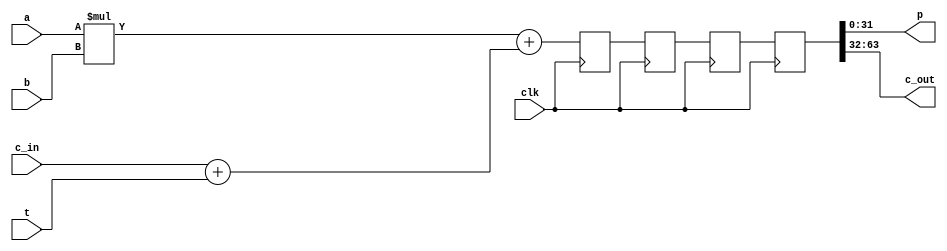
//======================================================================
//
// modexpa7_systolic_pe_generic.v
// -----------------------------------------------------------------------------
// Generic low-level systolic array processing element.
//
//
// Copyright (c) 2017, NORDUnet A/S All rights reserved.
//
// Redistribution and use in source and binary forms, with or without
// modification, are permitted provided that the following conditions
// are met:
// - Redistributions of source code must retain the above copyright
//   notice, this list of conditions and the following disclaimer.
//
// - Redistributions in binary form must reproduce the above copyright
//   notice, this list of conditions and the following disclaimer in the
//   documentation and/or other materials provided with the distribution.
//
// - Neither the name of the NORDUnet nor the names of its contributors may
//   be used to endorse or promote products derived from this software
//   without specific prior written permission.
//
// THIS SOFTWARE IS PROVIDED BY THE COPYRIGHT HOLDERS AND CONTRIBUTORS "AS
// IS" AND ANY EXPRESS OR IMPLIED WARRANTIES, INCLUDING, BUT NOT LIMITED
// TO, THE IMPLIED WARRANTIES OF MERCHANTABILITY AND FITNESS FOR A
// PARTICULAR PURPOSE ARE DISCLAIMED. IN NO EVENT SHALL THE COPYRIGHT
// HOLDER OR CONTRIBUTORS BE LIABLE FOR ANY DIRECT, INDIRECT, INCIDENTAL,
// SPECIAL, EXEMPLARY, OR CONSEQUENTIAL DAMAGES (INCLUDING, BUT NOT LIMITED
// TO, PROCUREMENT OF SUBSTITUTE GOODS OR SERVICES; LOSS OF USE, DATA, OR
// PROFITS; OR BUSINESS INTERRUPTION) HOWEVER CAUSED AND ON ANY THEORY OF
// LIABILITY, WHETHER IN CONTRACT, STRICT LIABILITY, OR TORT (INCLUDING
// NEGLIGENCE OR OTHERWISE) ARISING IN ANY WAY OUT OF THE USE OF THIS
// SOFTWARE, EVEN IF ADVISED OF THE POSSIBILITY OF SUCH DAMAGE.
//
//======================================================================

module modexpa7_systolic_pe_generic
	(
		input					clk,
		input		[31: 0]	a,
		input		[31: 0]	b,
		input		[31: 0]	t,
		input		[31: 0]	c_in,
		output	[31: 0]	p,
		output	[31: 0]	c_out
	);

		//
		// Customizable Latency
		//
	parameter LATENCY = 4;
		
		//
		// Delay Line
		//
	reg	[63: 0]	abct[1:LATENCY];
	
		//
		// Outputs
		//
	assign p			= abct[LATENCY][31: 0];
	assign c_out	= abct[LATENCY][63:32];

		//
		// Sub-products
		//
	wire	[63: 0]	ab = {{32{1'b0}}, a}    * {{32{1'b0}}, b};
	wire	[63: 0]	ct = {{32{1'b0}}, c_in} + {{32{1'b0}}, t};

		//
		// Delay
		//
	integer i;
	always @(posedge clk)
		//
		for (i=1; i<=LATENCY; i=i+1)
			abct[i] <= (i == 1) ? ab + ct : abct[i-1];

endmodule

//======================================================================
// End of file
//======================================================================